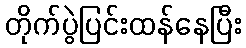
တိုက်ပွဲပြင်းထန်နေပြီး